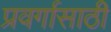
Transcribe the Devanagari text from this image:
प्रवर्गासाठी